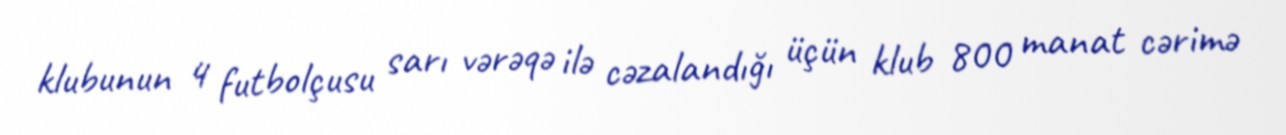
klubunun 4 futbolçusu sarı vərəqə ilə cəzalandığı üçün klub 800 manat cərimə